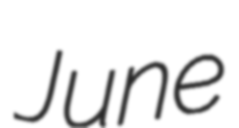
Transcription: June